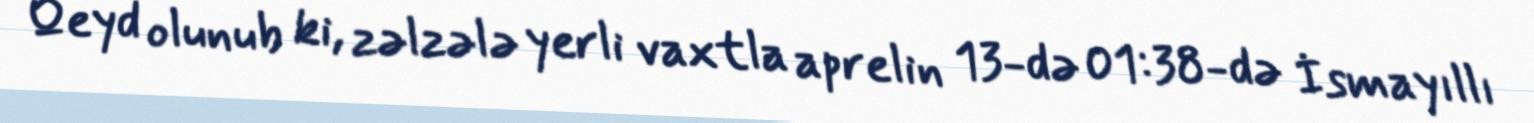
Qeyd olunub ki, zəlzələ yerli vaxtla aprelin 13-də 01:38-də İsmayıllı